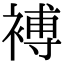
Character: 䙏